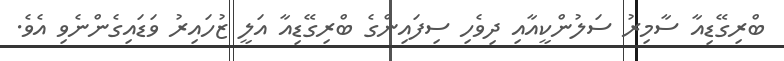
ބްރިގޭޑިއާ ސާމިރު ސަލުންކީއާއި ދިވެހި ސިފައިންގެ ބްރިގޭޑިއާ އަލީ ޒުހައިރު ވަޑައިގެންނެވި އެވެ.